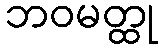
ဘဝမတ္ထု